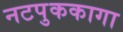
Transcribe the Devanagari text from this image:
नटपुककागा